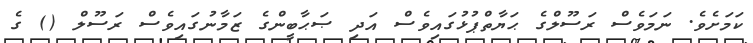
ކަމަށެވެ. ނަމަވެސް ރަސޫލްގެ ޙަޔާތްޕުޅުގައިވެސް އަދި ޞަޙާބީންގެ ޒަމާނުގައިވެސް ރަސޫލް () ގެ